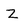
Character: Z